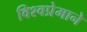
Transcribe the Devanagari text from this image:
विश्वप्रेमाने